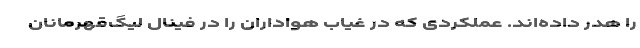
را هدر داده‌اند. عملکردی که در غیاب هواداران را در فینال لیگ‌قهرمانان